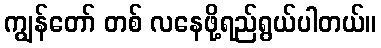
ကျွန်တော် တစ် လနေဖို့ရည်ရွယ်ပါတယ်။